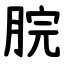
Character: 脘